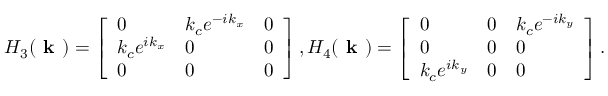
H _ { 3 } ( \textbf { k } ) = \left[ \begin{array} { l l l } { 0 } & { k _ { c } e ^ { - i k _ { x } } } & { 0 } \\ { k _ { c } e ^ { i k _ { x } } } & { 0 } & { 0 } \\ { 0 } & { 0 } & { 0 } \end{array} \right] , H _ { 4 } ( \textbf { k } ) = \left[ \begin{array} { l l l } { 0 } & { 0 } & { k _ { c } e ^ { - i k _ { y } } } \\ { 0 } & { 0 } & { 0 } \\ { k _ { c } e ^ { i k _ { y } } } & { 0 } & { 0 } \end{array} \right] .